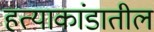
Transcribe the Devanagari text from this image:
हत्याकांडातील